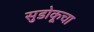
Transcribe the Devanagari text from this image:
सुडोकूचा